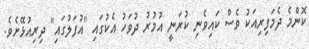
ކޮންމެ ދެމަފިރިއަކު ވެސް ކައިވެނި ކުރަނީ އުމުރު ދުވަހު އެކުގައި "އުފަލުގައި" ދިރިއުޅޭށެވެ.